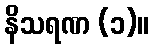
နိသရဏ (၁)။